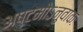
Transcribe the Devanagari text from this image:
अष्टमोऽनुवाकः